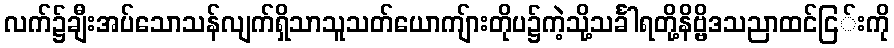
လက်၌ချီးအပ်သောသန်လျက်ရှိသာသူသတ်ယောကျ်ားတိုပ၌ကဲ့သို့သင်္ခါရတို့နိဗ္ဗိဒသညာထင်ငြ်းကို